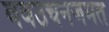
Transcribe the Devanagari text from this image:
बवउचनजमत